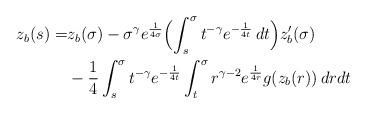
LaTeX: \begin{align*} z_b (s) = & z_b (\sigma ) - \sigma ^\gamma e^{\frac {1} {4\sigma }} \Bigl( \int _s^\sigma t ^{-\gamma } e^{-\frac {1} {4t }} \, dt \Bigr) z_b'(\sigma ) \\ & - \frac {1} {4} \int _s^\sigma t ^{-\gamma } e^{-\frac {1} {4t }} \int _t ^\sigma r^{\gamma -2} e^{\frac {1} {4r}} g (z _{ b } (r) ) \, dr dt \end{align*}